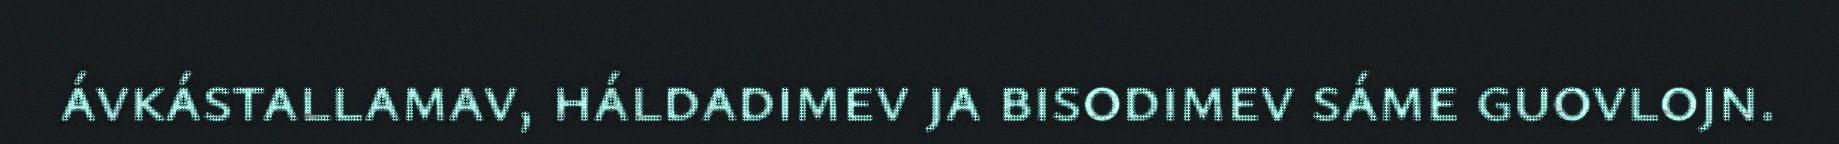
ávkástallamav, háldadimev ja bisodimev sáme guovlojn.